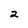
Character: 2